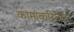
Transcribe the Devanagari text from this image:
कामांकरिताच